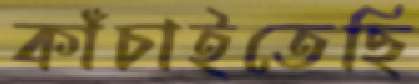
কাঁচাইতেছি